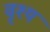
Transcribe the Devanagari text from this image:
वृश्य